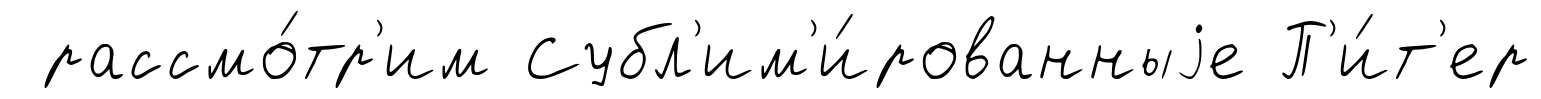
рассмо́тр'им Субл'им'и́рованныjе П'и́т'ер